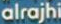
alrajhi